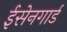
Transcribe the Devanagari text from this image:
ईसेनगार्ड